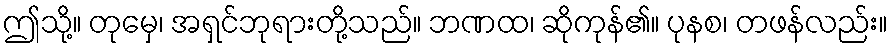
ဤသို့။ တုမှေ၊ အရှင်ဘုရားတို့သည်။ ဘဏထ၊ ဆိုကုန်၏။ ပုနစ၊ တဖန်လည်း။